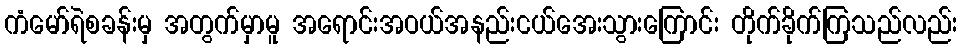
ကံမော်ရဲစခန်းမှ အတွက်မှာမူ အရောင်းအဝယ်အနည်းငယ်အေးသွားကြောင်း တိုက်ခိုက်ကြသည်လည်း